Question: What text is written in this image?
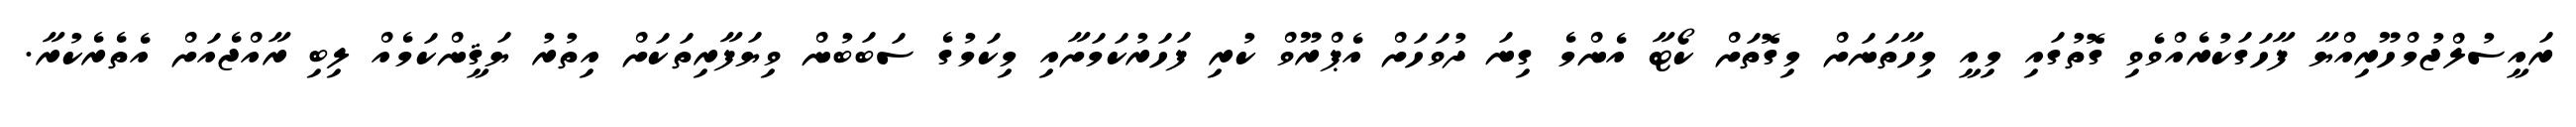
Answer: ރައީސުލްޖުމްހޫރިއްޔާ ފާހަގަކުރެއްވެވި ގޮތުގައި މިއީ މިހާތަނަށް މިގޮތަށް ކޯޓާ އެންމެ ގިނަ ދުވަހަށް އެޕްރޫވް ކުރި ފަހަރުކަމަށާއި މިކަމުގެ ސަބަބުން ވިޔަފާރިތަކަށް އިތުރު ޔަޤީންކަމެއް ލިބި ރާއްޖެއަށް އެތެރެކުރާ.